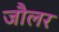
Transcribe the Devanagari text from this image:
जौलर